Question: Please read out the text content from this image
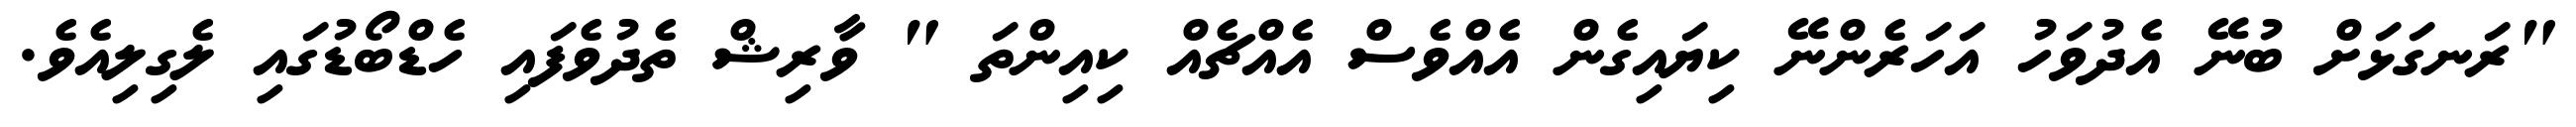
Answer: "ރަނގަޅަށް ބުނޭ އެދުވަހު އަހަރެންނޭ ކިޔައިގެން އެއްވެސް އެއްޗެއް ކިއިންތަ " ވާރިޝް ތެދުވެފައި ހެޑްބޯޑުގައި ލެގިލިއެވެ.